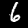
Label: 6